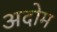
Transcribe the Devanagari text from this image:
अदोम